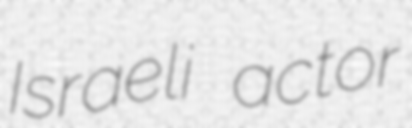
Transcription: Israeli actor